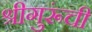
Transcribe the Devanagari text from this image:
श्रीगुरूंची